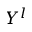
Y ^ { l }